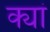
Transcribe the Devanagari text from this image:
क्यां